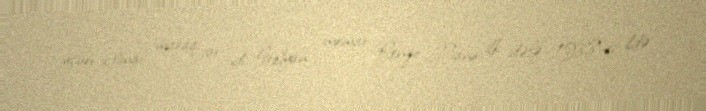
üçün ictimai maraq var idi. İtalyan memar Renzo Piano ilk dəfə 1988-ci ildə